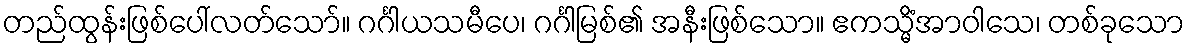
တည်ထွန်းဖြစ်ပေါ်လတ်သော်။ ဂင်္ဂါယသမီပေ၊ ဂင်္ဂါမြစ်၏ အနီးဖြစ်သော။ ဧကသ္မိံအာဝါသေ၊ တစ်ခုသော